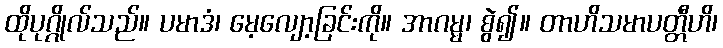
ထိုပုဂ္ဂိုလ်သည်။ ပမာဒံ၊ မေ့လျော့ခြင်းကို။ အာဂမ္မ၊ စွဲ၍။ တာဟိသမာပတ္တီဟိ၊